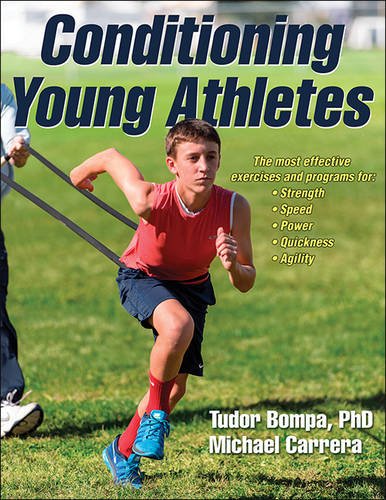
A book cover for Conditioning Young Athletes; Tudor Bompa; Health, Fitness & Dieting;